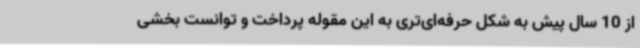
از 10 سال پیش به شکل حرفه‌ای‌تری به این مقوله پرداخت و توانست بخشی